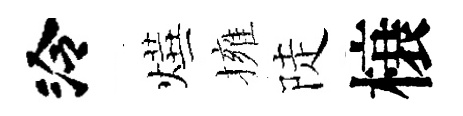
泠燁擁陡榱